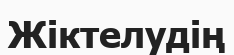
Жіктелудің